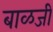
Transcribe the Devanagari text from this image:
बाळजी